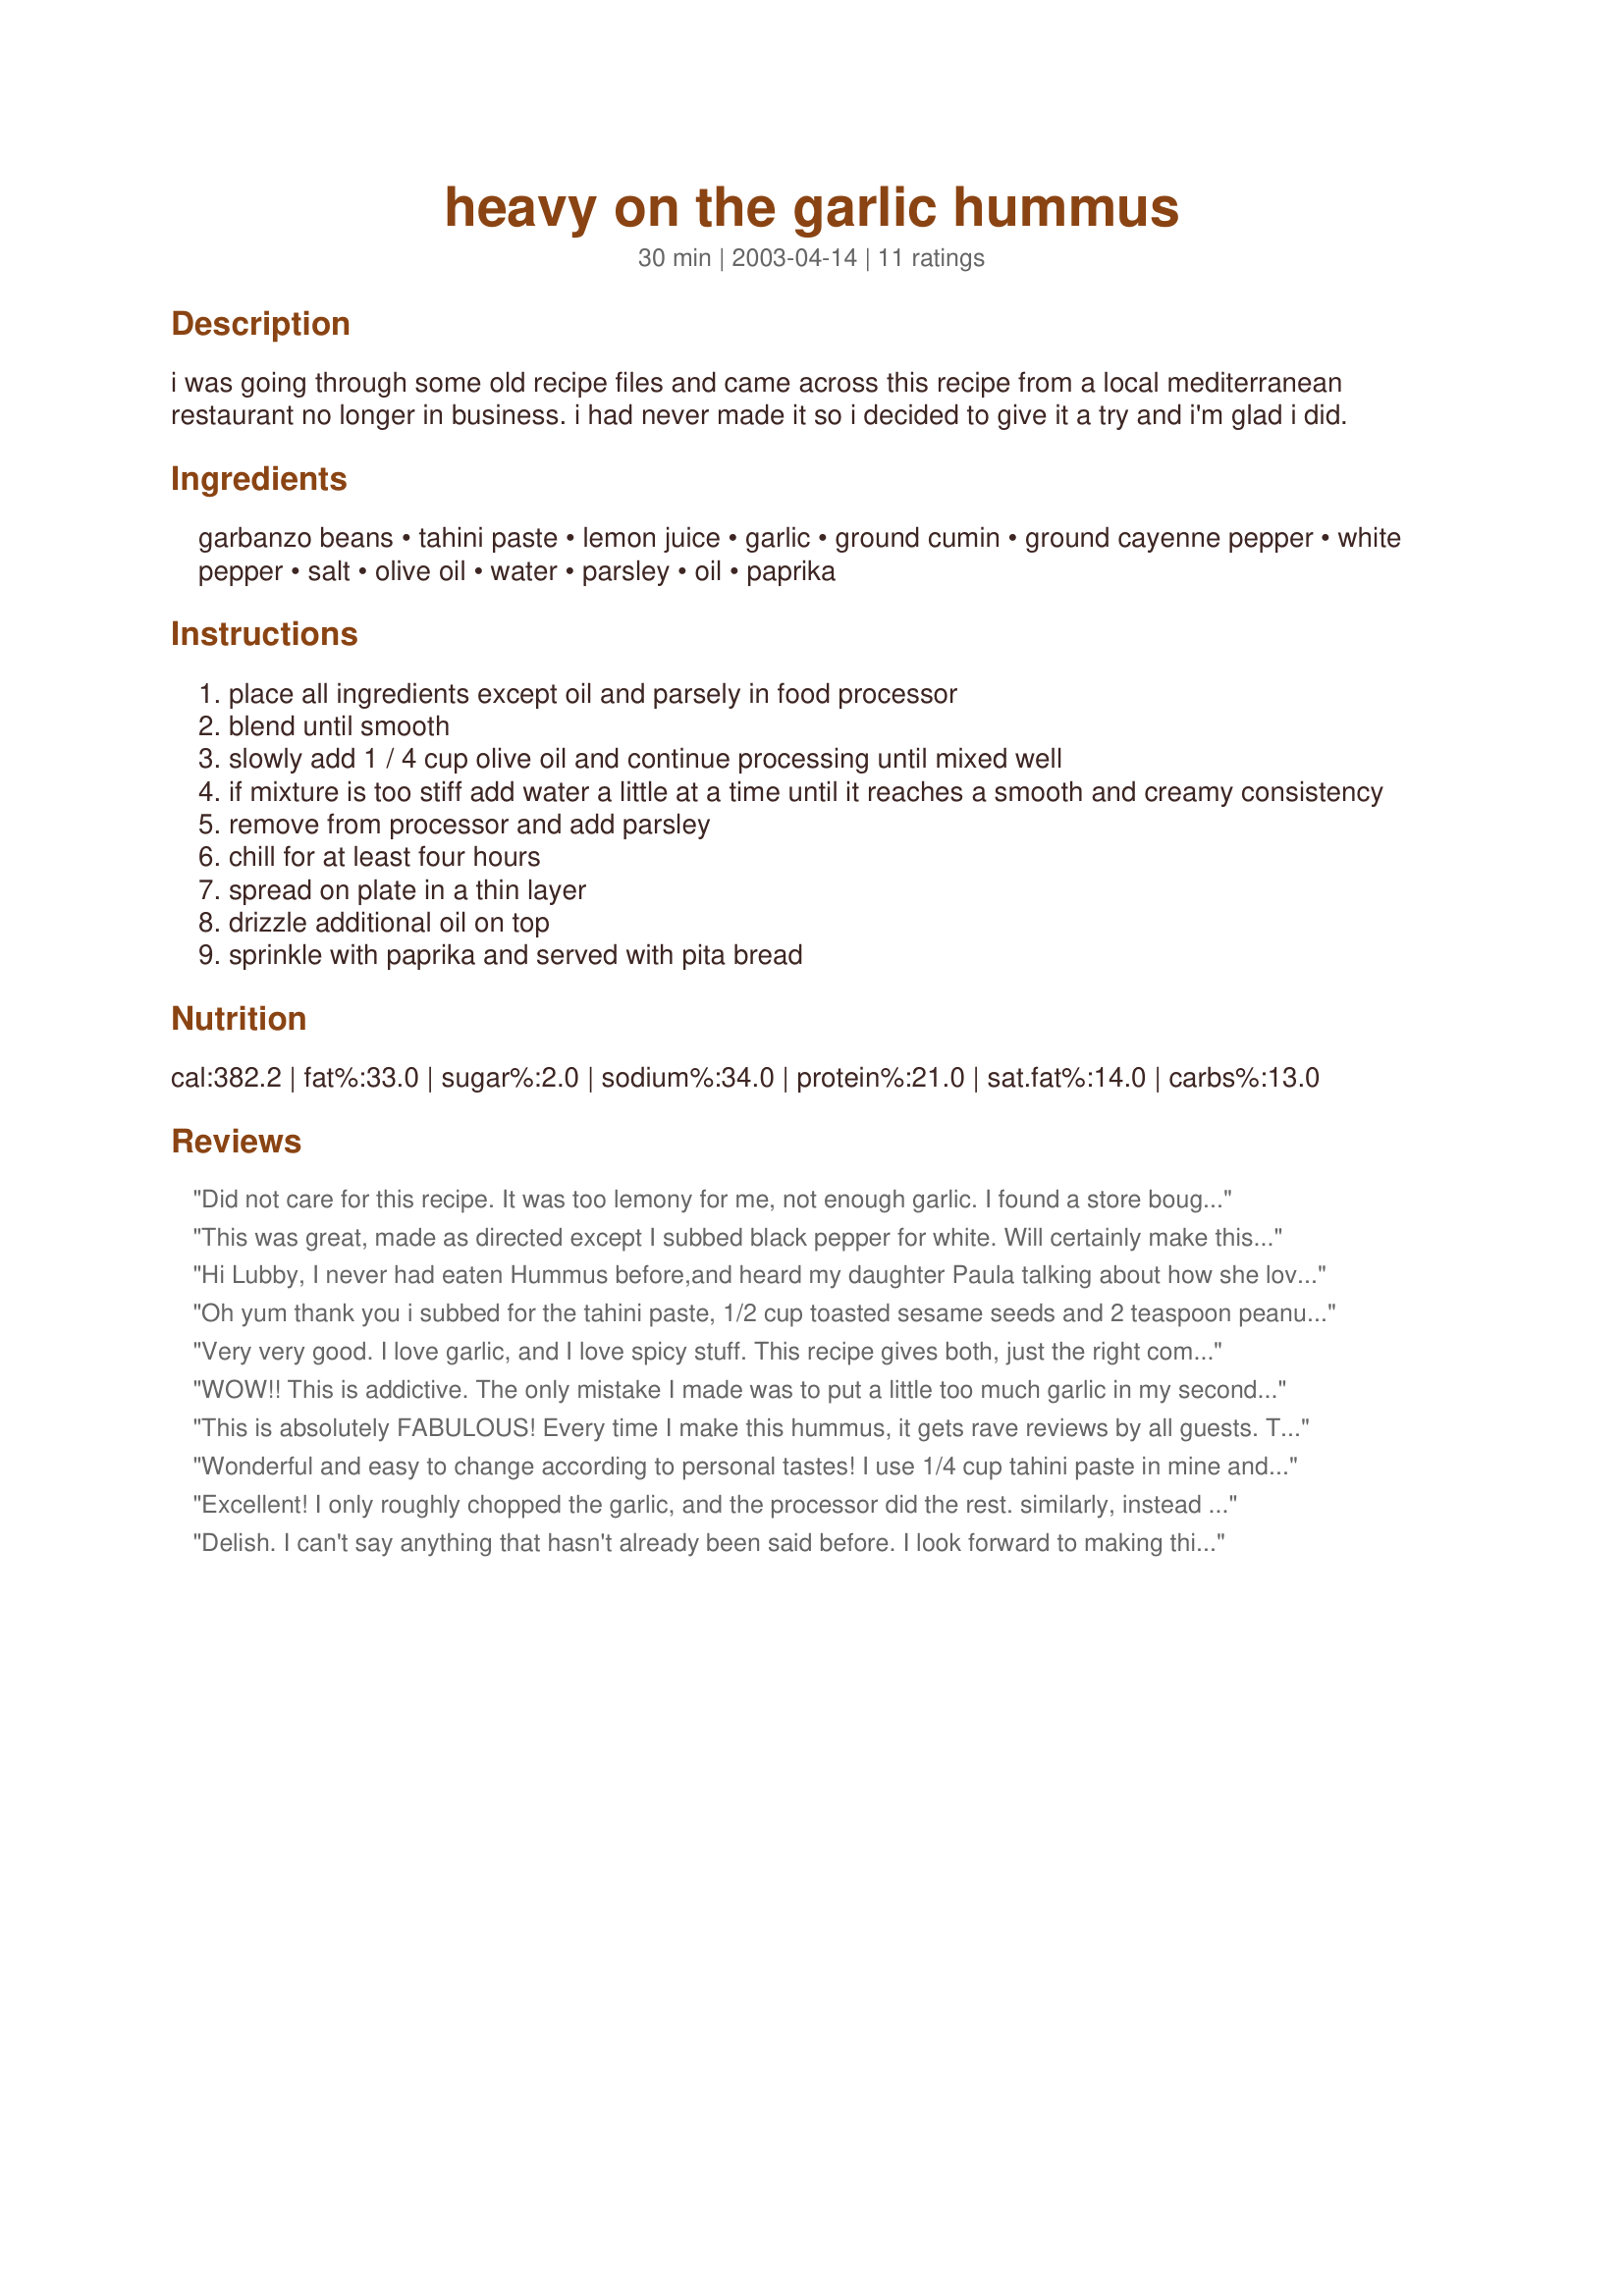
heavy on the garlic hummus
Preparation time: 30 minutes

i was going through some old recipe files and came across this recipe from a local mediterranean restaurant no longer in business. i had never made it so i decided to give it a try and i'm glad i did.

Ingredients:
garbanzo beans, tahini paste, lemon juice, garlic, ground cumin, ground cayenne pepper, white pepper, salt, olive oil, water, parsley, oil, paprika

Steps:
place all ingredients except oil and parsely in food processor
blend until smooth
slowly add 1 / 4 cup olive oil and continue processing until mixed well
if mixture is too stiff add water a little at a time until it reaches a smooth and creamy consistency
remove from processor and add parsley
chill for at least four hours
spread on plate in a thin layer
drizzle additional oil on top
sprinkle with paprika and served with pita bread

Reviews:
Did not care for this recipe. It was too lemony for me, not enough garlic. I found a store bought we love for garlic lovers, hoped this would save us some money. This just didnt do the trick by not being garlicky enough. I had hoped it was going to be good, it makes a ton, and I paid over $5 for the jar of tahini, hate to throw it out...
This was great, made as directed except I subbed black pepper for white. Will certainly make this again.
Hi Lubby,
 I never had eaten Hummus before,and heard my daughter Paula talking about how she loved it,so I looked on recipezaar,and sure enough there it was.So I made it for her after going to an oriental store in Carbondale,and getting the Tahini Paste. Well!!! she was so impressed,and just raved about it.
Thanks for a great recipe,that made my daughter VERY happy!
Darlene Summers
Oh yum thank you
i subbed for the tahini paste, 1/2 cup toasted sesame seeds and 2 teaspoon peanut oil. and then 3 cups of garbanzos i just cooked up from dried. rather than canned.
i ate right away and fell in love.
Very very good. I love garlic, and I love spicy stuff. This recipe gives both, just the right combination I like. As said over in forum, I used potato ???. Came out great.
WOW!! This is addictive. The only mistake I made was to put a little too much garlic in my second batch and I had to add more of everything else. Next time I will taste after adding about 1/2 the garlic, then again after I add each clove.
This is absolutely FABULOUS! Every time I make this hummus, it gets rave reviews by all guests. Today, I'm planning to make this for our Mother's Day gathering tomorrow and am going to use 1 whole head of roasted garlic in place of the minced. Super recipe! I serve it with recipe #51116.
Wonderful and easy to change according to personal tastes! I use 1/4 cup tahini paste in mine and sometimes I add some roasted red pepper. Great to have in the fridge as a quick snack with baby carrot sticks! Add more oil or water if it dries out the next day!
Excellent! I only roughly chopped the garlic, and the processor did the rest. similarly, instead of mincing the parsley, I just put it in the centre of the processor after the rest was done and gave it a couple of pulses. I also added a bit more lemon juice, and maybe a bit more garlic (I didn't really measure it). For the water, I ended up using 1/8 cup for a half recipe of hummus.
Delish. I can't say anything that hasn't already been said before. I look forward to making this again, though I think I'll cut the cumin down to 2 t.
Luby you never fail to amaze. This is the best hummus I've ever had. I didn't have parsley on hand but everything else I did was per the recipe. Man, was that ever good! Thank you!

UPDATE: This time I roasted 3 heads of garlic and threw them into the mix instead of raw and OMG!!! Do yourself a favor and take the extra time to roast your garlic, it is the best damned hummus you'll ever eat ~ no pita necessary!!! Luby, you rule
